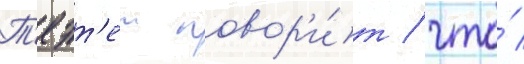
Т'еэт'ет говор'и́т / что́